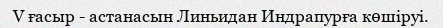
V ғасыр - астанасын Линьидан Индрапурға көшіруі.